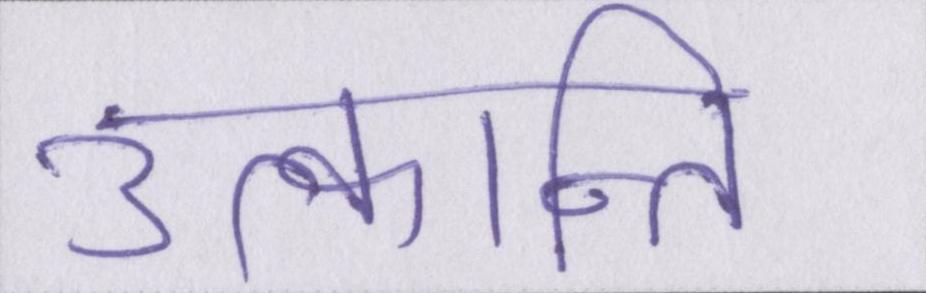
उत्क्रान्ति